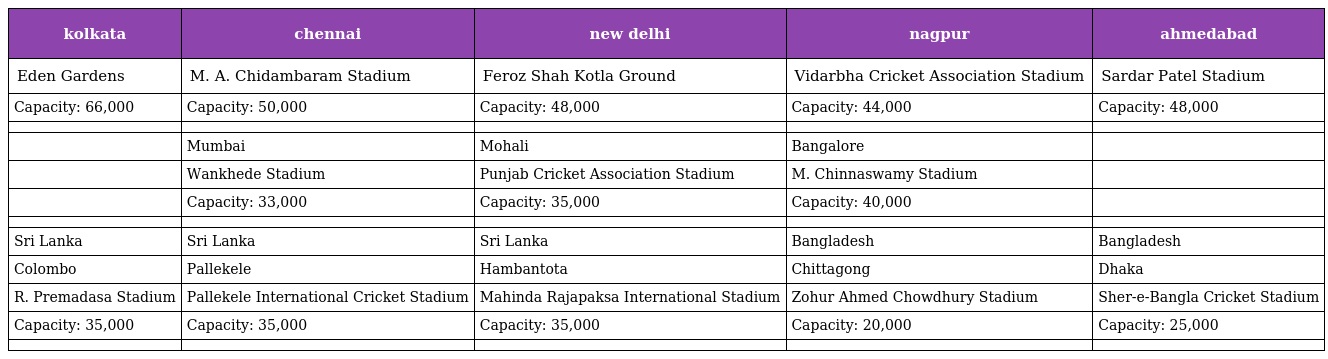
| kolkata | chennai | new delhi | nagpur | ahmedabad |
 | --- | --- | --- | --- | --- |
 | Eden Gardens | M. A. Chidambaram Stadium | Feroz Shah Kotla Ground | Vidarbha Cricket Association Stadium | Sardar Patel Stadium |
 | Capacity: 66,000 | Capacity: 50,000 | Capacity: 48,000 | Capacity: 44,000 | Capacity: 48,000 |
 |  |  |  |  |  |
 |  | Mumbai | Mohali | Bangalore |  |
 |  | Wankhede Stadium | Punjab Cricket Association Stadium | M. Chinnaswamy Stadium |  |
 |  | Capacity: 33,000 | Capacity: 35,000 | Capacity: 40,000 |  |
 |  |  |  |  |  |
 | Sri Lanka | Sri Lanka | Sri Lanka | Bangladesh | Bangladesh |
 | Colombo | Pallekele | Hambantota | Chittagong | Dhaka |
 | R. Premadasa Stadium | Pallekele International Cricket Stadium | Mahinda Rajapaksa International Stadium | Zohur Ahmed Chowdhury Stadium | Sher-e-Bangla Cricket Stadium |
 | Capacity: 35,000 | Capacity: 35,000 | Capacity: 35,000 | Capacity: 20,000 | Capacity: 25,000 |
 |  |  |  |  |  |